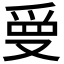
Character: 𭆲